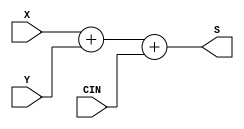
module cla4p(X, Y, CIN, S);
  input wire [3:0] X, Y; // operands
  input wire CIN; // LSB carry-in
  output wire [3:0] S; // sum outputs
  assign S = X + Y + CIN;
endmodule